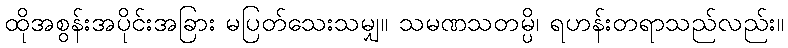
ထိုအစွန်းအပိုင်းအခြား မပြတ်သေးသမျှ။ သမဏသတမ္ပိ၊ ရဟန်းတရာသည်လည်း။